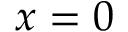
x = 0